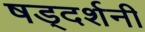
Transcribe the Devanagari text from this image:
षड्दर्शनी